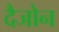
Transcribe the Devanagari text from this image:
दैजोन